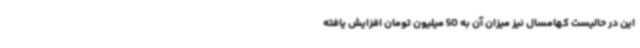
این در حالیست کهامسال نیز میزان آن به 50 میلیون تومان افزایش یافته